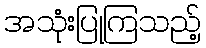
အသုံးပြုကြသည့်